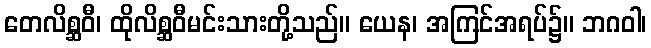
တေလိစ္ဆဝီ၊ ထိုလိစ္ဆဝီမင်းသားတို့သည်။ ယေန၊ အကြင်အရပ်၌။ ဘဂဝါ၊